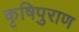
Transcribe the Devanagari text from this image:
कृषिपुराण